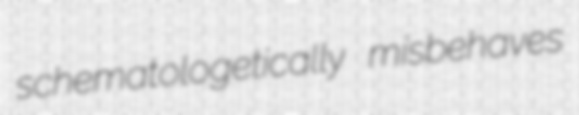
schematologetically misbehaves